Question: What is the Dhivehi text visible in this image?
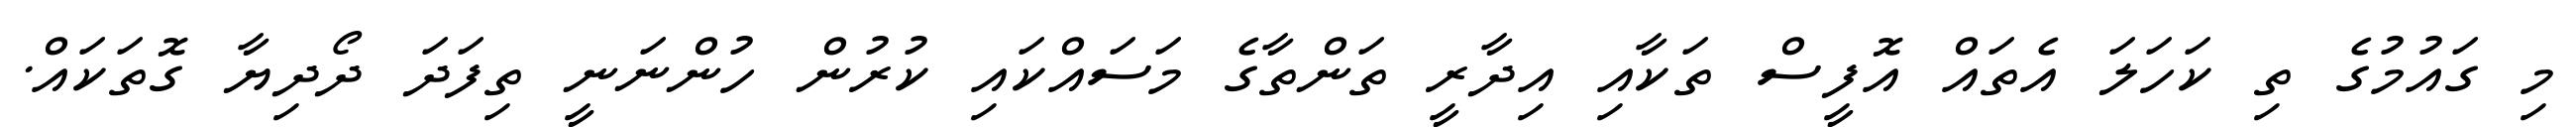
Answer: މި ގައުމުގެ ތި ކަހަލަ އެތައް އޮފީސް ތަކާއި އިދާރީ ތަންތާގެ މަސައްކައި ކުރުން ހުންނަނީ ތިފަދަ ދޯދިޔާ ގޮތަކައް.